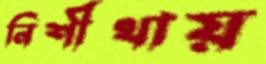
নিশীথায়